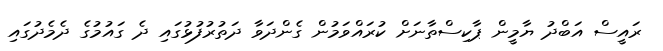
ރައީސް އަބްދު ޔާމީން ޕާކިސްތާނަށް ކުރައްވަމުން ގެންދަވާ ދަތުރުފުޅުގައި ދެ ގައުމުގެ ދެމެދުގައި